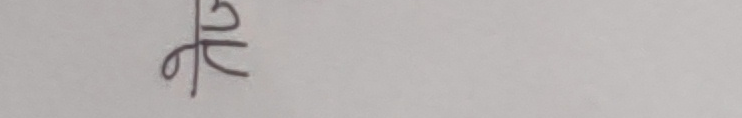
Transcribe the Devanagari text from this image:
क